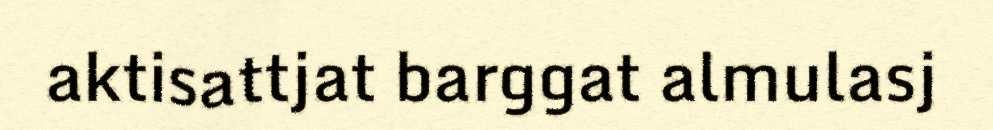
aktisattjat barggat almulasj